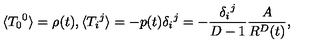
\langle { T _ { 0 } } ^ { 0 } \rangle = \rho ( t ) , \langle { T _ { i } } ^ { j } \rangle = - p ( t ) { \delta _ { i } } ^ { j } = - { \frac { { \delta _ { i } } ^ { j } } { D - 1 } } { \frac { A } { R ^ { D } ( t ) } } ,